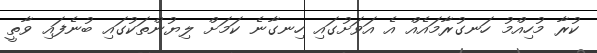
ކުރާ މުހިއްމު ހަނގުރާމައެއް އެ އަވަށުގައި ހިނގާނެ ކަމަށް ލިޔުންތަކުގައި ބުނެފައި ވާތީ